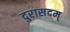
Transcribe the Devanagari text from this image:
दुरासदम्